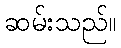
ဆမ်းသည်။